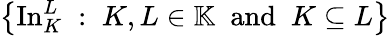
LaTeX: \left\{ \operatorname{In}_{K}^{L}\; :\; K,L\in\mathbb{K}\; {\mathrm{~and~}}\; K\subseteq L\right\}